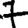
Digit: 7